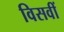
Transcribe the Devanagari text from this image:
विसवीं